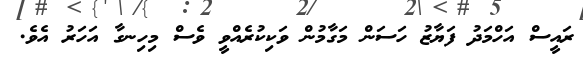
ރައީސް އަހްމަދު ފަޔާޒު ހަސަން މަގާމުން ވަކިކުރެއްވީ ވެސް މިހިނގާ އަހަރު އެވެ.